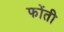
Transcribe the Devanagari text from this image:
फोंती